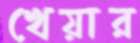
খেয়ার